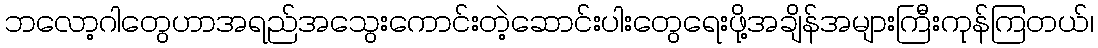
ဘလော့ဂါတွေဟာအရည်အသွေးကောင်းတဲ့ဆောင်းပါးတွေရေးဖို့အချိန်အများကြီးကုန်ကြတယ်၊